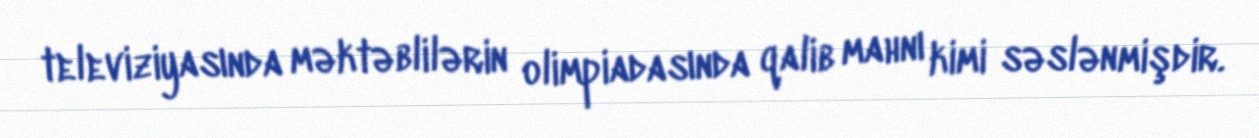
televiziyasında məktəblilərin olimpiadasında qalib mahnı kimi səslənmişdir.